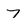
Character: 7